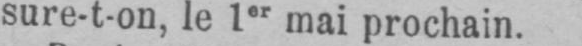
sure-t-on, le 1er mai prochain.